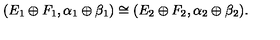
( E _ { 1 } \oplus F _ { 1 } , \alpha _ { 1 } \oplus \beta _ { 1 } ) \cong ( E _ { 2 } \oplus F _ { 2 } , \alpha _ { 2 } \oplus \beta _ { 2 } ) .